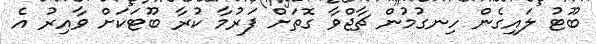
ބޫޓު ލައިގެން ހިނގުމުން ޗާޖްވާ ގޮތަށް ފަރުމާ ކުރާ ބޫޓަކަށް ވާއިރު އެ